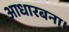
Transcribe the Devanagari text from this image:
आधारबना।